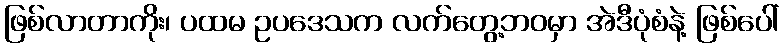
ဖြစ်လာတာကိုး၊ ပထမ ဥပဒေသက လက်တွေ့ဘဝမှာ အဲဒီပုံစံနဲ့ ဖြစ်ပေါ်